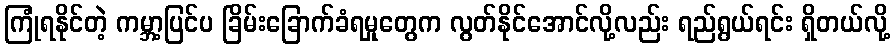
ကြုံရနိုင်တဲ့ ကမ္ဘာ့ပြင်ပ ခြိမ်းခြောက်ခံရမှုတွေက လွတ်နိုင်အောင်လို့လည်း ရည်ရွယ်ရင်း ရှိတယ်လို့